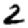
Digit: 2